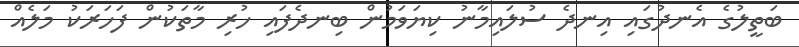
ބަތީލުގެ އެނދުގައި އިނދެ ސުލައިމާނު ކިޔަވަމުން ބިނދެފައި ހުރި މާތަކުން ފަހަރަކު މަލެއް